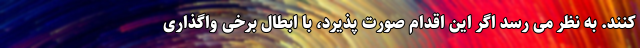
کنند. به نظر می رسد اگر این اقدام صورت پذیرد، با ابطال برخی واگذاری